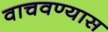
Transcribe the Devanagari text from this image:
वाचवण्यास